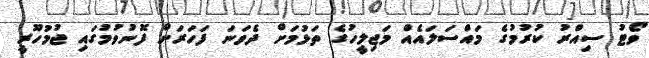
ވޯޓު ސިއްރު ކުރުމުގެ މައްސަލައެއް މަޖިލީހުގެ ތަޅުމަށް ދެވަނަ ފަހަރަށް ފޮނުވުމުގައި ޖުމުހޫރީ